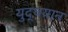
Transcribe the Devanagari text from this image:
युद्धयान